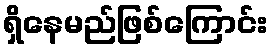
ရှိနေမည်ဖြစ်ကြောင်း